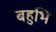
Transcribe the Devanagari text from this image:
बहुभि